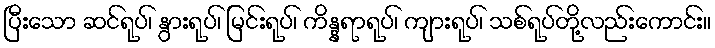
ပြီးသော ဆင်ရုပ်၊ နွားရုပ်၊ မြင်းရုပ်၊ ကိန္နရာရုပ်၊ ကျားရုပ်၊ သစ်ရုပ်တို့လည်းကောင်း။